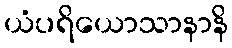
ယံပရိယောသာနာနိ